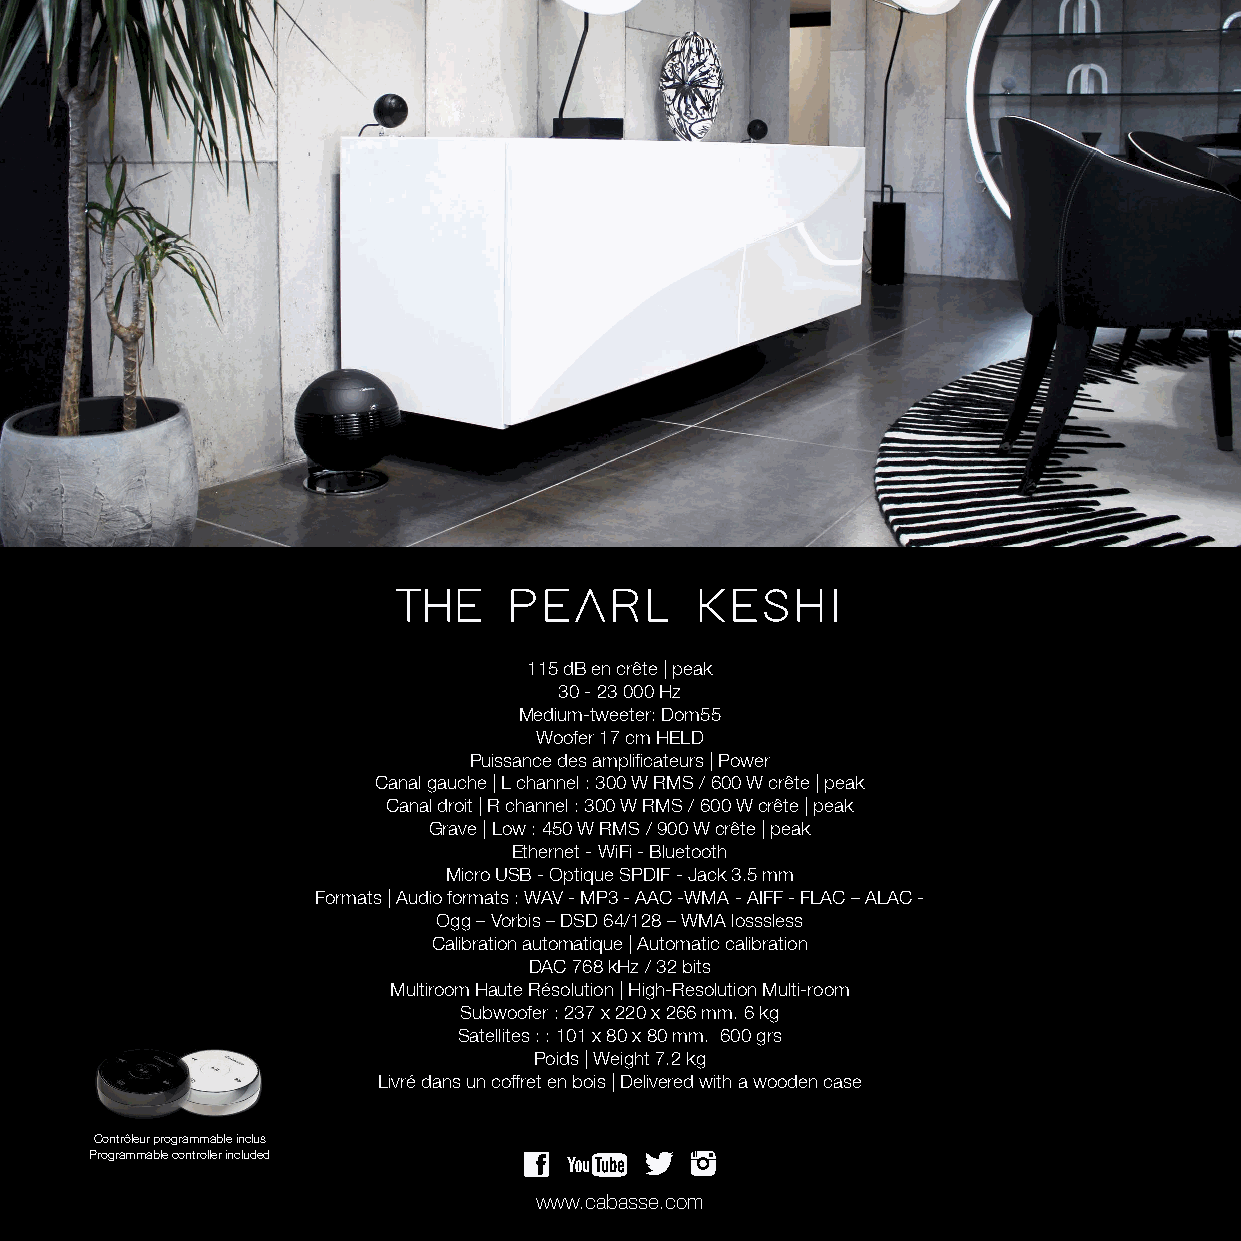
115 dB en crête | peak
 30 - 23 000 Hz
 Medium-tweeter: Dom55
 Woofer 17 cm HELD
 Puissance des amplificateurs | Power
 Canal gauche | L channel : 300 W RMS / 600 W crête | peak
 Canal droit | R channel : 300 W RMS / 600 W crête | peak
 Grave | Low : 450 W RMS / 900 W crête | peak
 Ethernet - WiFi - Bluetooth
 Micro USB - Optique SPDIF - Jack 3.5 mm
 Formats | Audio formats : WAV - MP3 - AAC -WMA - AIFF - FLAC – ALAC -
 Ogg – Vorbis – DSD 64/128 – WMA losssless
 Calibration automatique | Automatic calibration
 DAC 768 kHz / 32 bits
 Multiroom Haute Résolution | High-Resolution Multi-room
 Subwoofer : 237 x 220 x 266 mm. 6 kg
 Satellites : : 101 x 80 x 80 mm. 600 grs
 Poids | Weight 7.2 kg
 Livré dans un coffret en bois | Delivered with a wooden case
 Contrôleur programmable inclus
 Programmable controller included
 www.cabasse.com